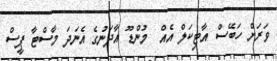
ވަރަށް ހަބޭސް އާޓިކަލް އެއް  މުންޑޫ އާދަނުގެ އެނަދަ މާސްޓާ ޕީސް